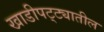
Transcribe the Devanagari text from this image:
खाडीपट्ट्यातील